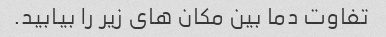
تفاوت دما بین مکان های زیر را بیابید.